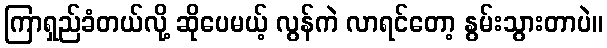
ကြာရှည်ခံတယ်လို့ ဆိုပေမယ့် လွန်ကဲ လာရင်တော့ နွမ်းသွားတာပဲ။